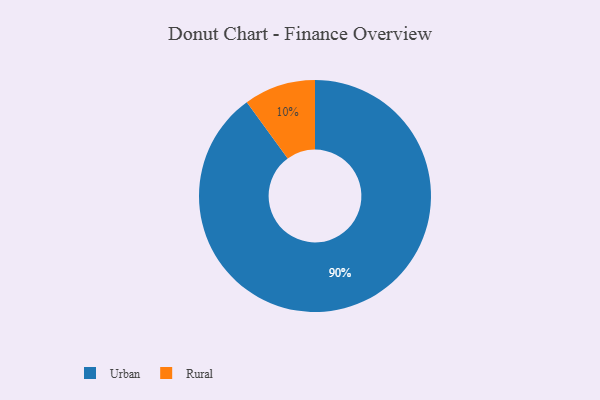
{"axis": {"x": "Category", "y": "Percentage"}, "legend": ["Rural", "Urban"], "data": [{"x": "Rural", "y": 10, "type": "Rural"}, {"x": "Urban", "y": 90, "type": "Urban"}]}